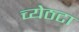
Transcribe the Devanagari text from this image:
च्येठटा